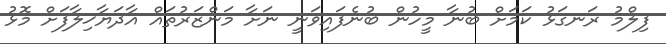
ފިލްމު ރަނގަޅު ކަމަށް ބުނާ މީހުން ބުނެފައިވަނީ ނަށާ މަންޒަރުތައް އާދަޔާޚިލާފަށް މޮޅު